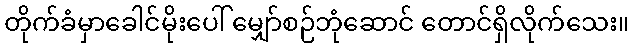
တိုက်ခံမှာခေါင်မိုးပေါ် မျှော်စဉ်ဘုံဆောင် တောင်ရှိလိုက်သေး။